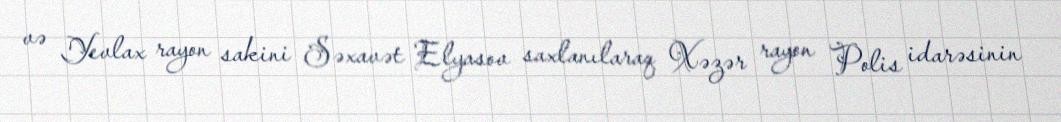
və Yevlax rayon sakini Səxavət Elyasov saxlanılaraq Xəzər rayon Polis idarəsinin